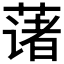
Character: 𫉄